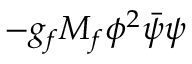
- g _ { f } M _ { f } \phi ^ { 2 } \bar { \psi } \psi